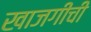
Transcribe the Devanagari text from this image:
खाजगीची